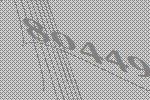
80449